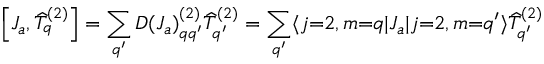
\left[ J _ { a } , { \widehat { T } } _ { q } ^ { ( 2 ) } \right] = \sum _ { q ^ { \prime } } { D ( J _ { a } ) } _ { q q ^ { \prime } } ^ { ( 2 ) } { \widehat { T } } _ { q ^ { \prime } } ^ { ( 2 ) } = \sum _ { q ^ { \prime } } \langle j { = } 2 , m { = } q | J _ { a } | j { = } 2 , m { = } q ^ { \prime } \rangle { \widehat { T } } _ { q ^ { \prime } } ^ { ( 2 ) }